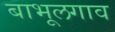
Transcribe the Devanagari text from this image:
बाभूलगाव